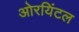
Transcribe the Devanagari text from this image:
ओरयिंटल